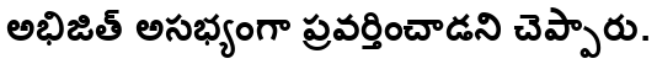
అభిజిత్ అసభ్యంగా ప్రవర్తించాడని చెప్పారు.